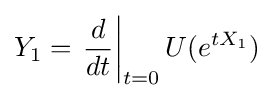
Y_{1}=\left.{\frac {d}{dt}}\right|_{t=0}U(e^{tX_{1}})